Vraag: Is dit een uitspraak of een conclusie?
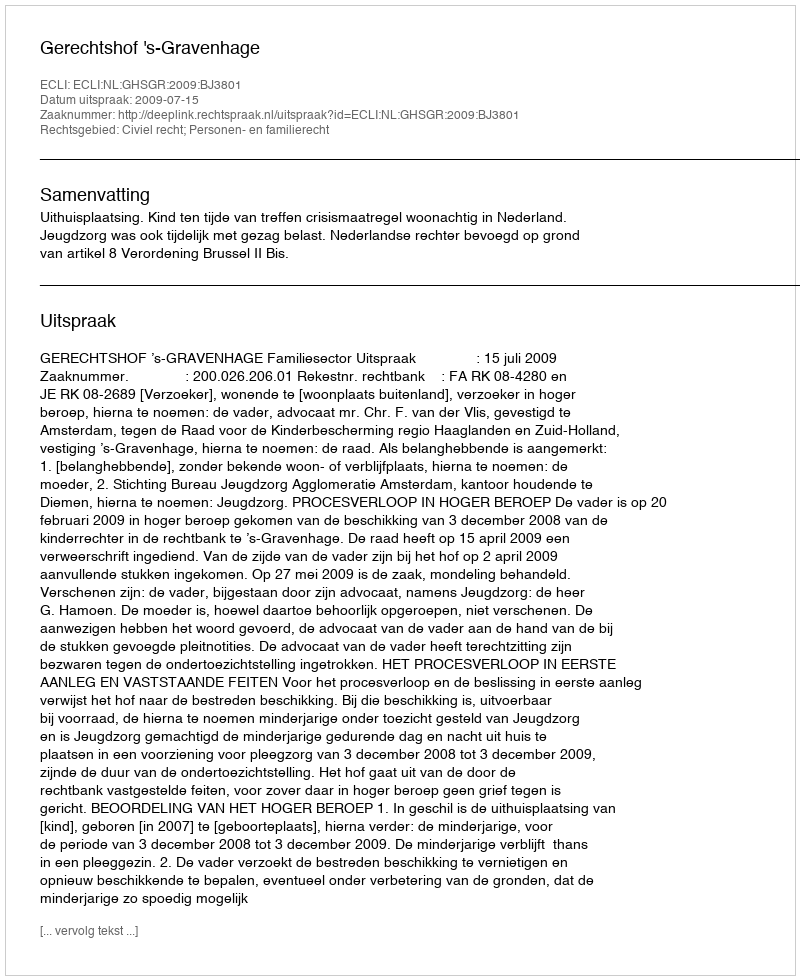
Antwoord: Uitspraak